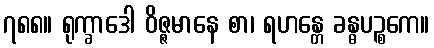
၇၈၈။ ရုက္ခာဒေါ ဝိဇ္ဇမာနေ စာ၊ ရဟန္တေ ခန္ဓပဉ္စကေ။